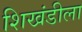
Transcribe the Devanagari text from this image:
शिखंडीला